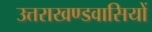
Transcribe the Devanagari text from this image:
उत्तराखण्डवासियों